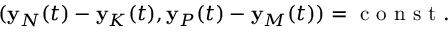
\begin{array} { r } { ( { \bf y } _ { N } ( t ) - { \bf y } _ { K } ( t ) , { \bf y } _ { P } ( t ) - { \bf y } _ { M } ( t ) ) = \mathrm { ~ c ~ o ~ n ~ s ~ t ~ } . } \end{array}